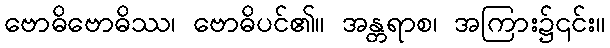
ဗောဓိဗောဓိဿ၊ ဗောဓိပင်၏။ အန္တရာစ၊ အကြား၌၎င်း။